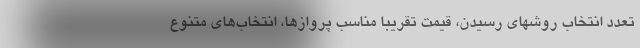
تعدد انتخاب روشهای رسیدن، قیمت تقریبا مناسب پروازها، انتخاب‌های متنوع